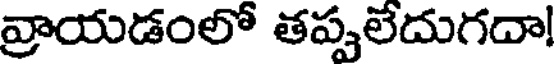
వ్రాయడంలో తప్పలేదుగదా!